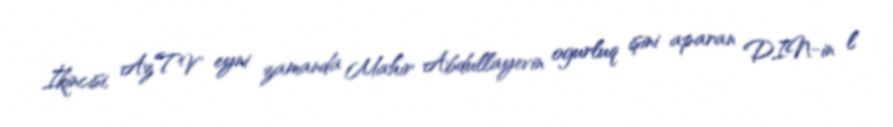
İkincisi, AzTV eyni zamanda Mahir Abdullayevin ogurluq işini aparan DIN-in l